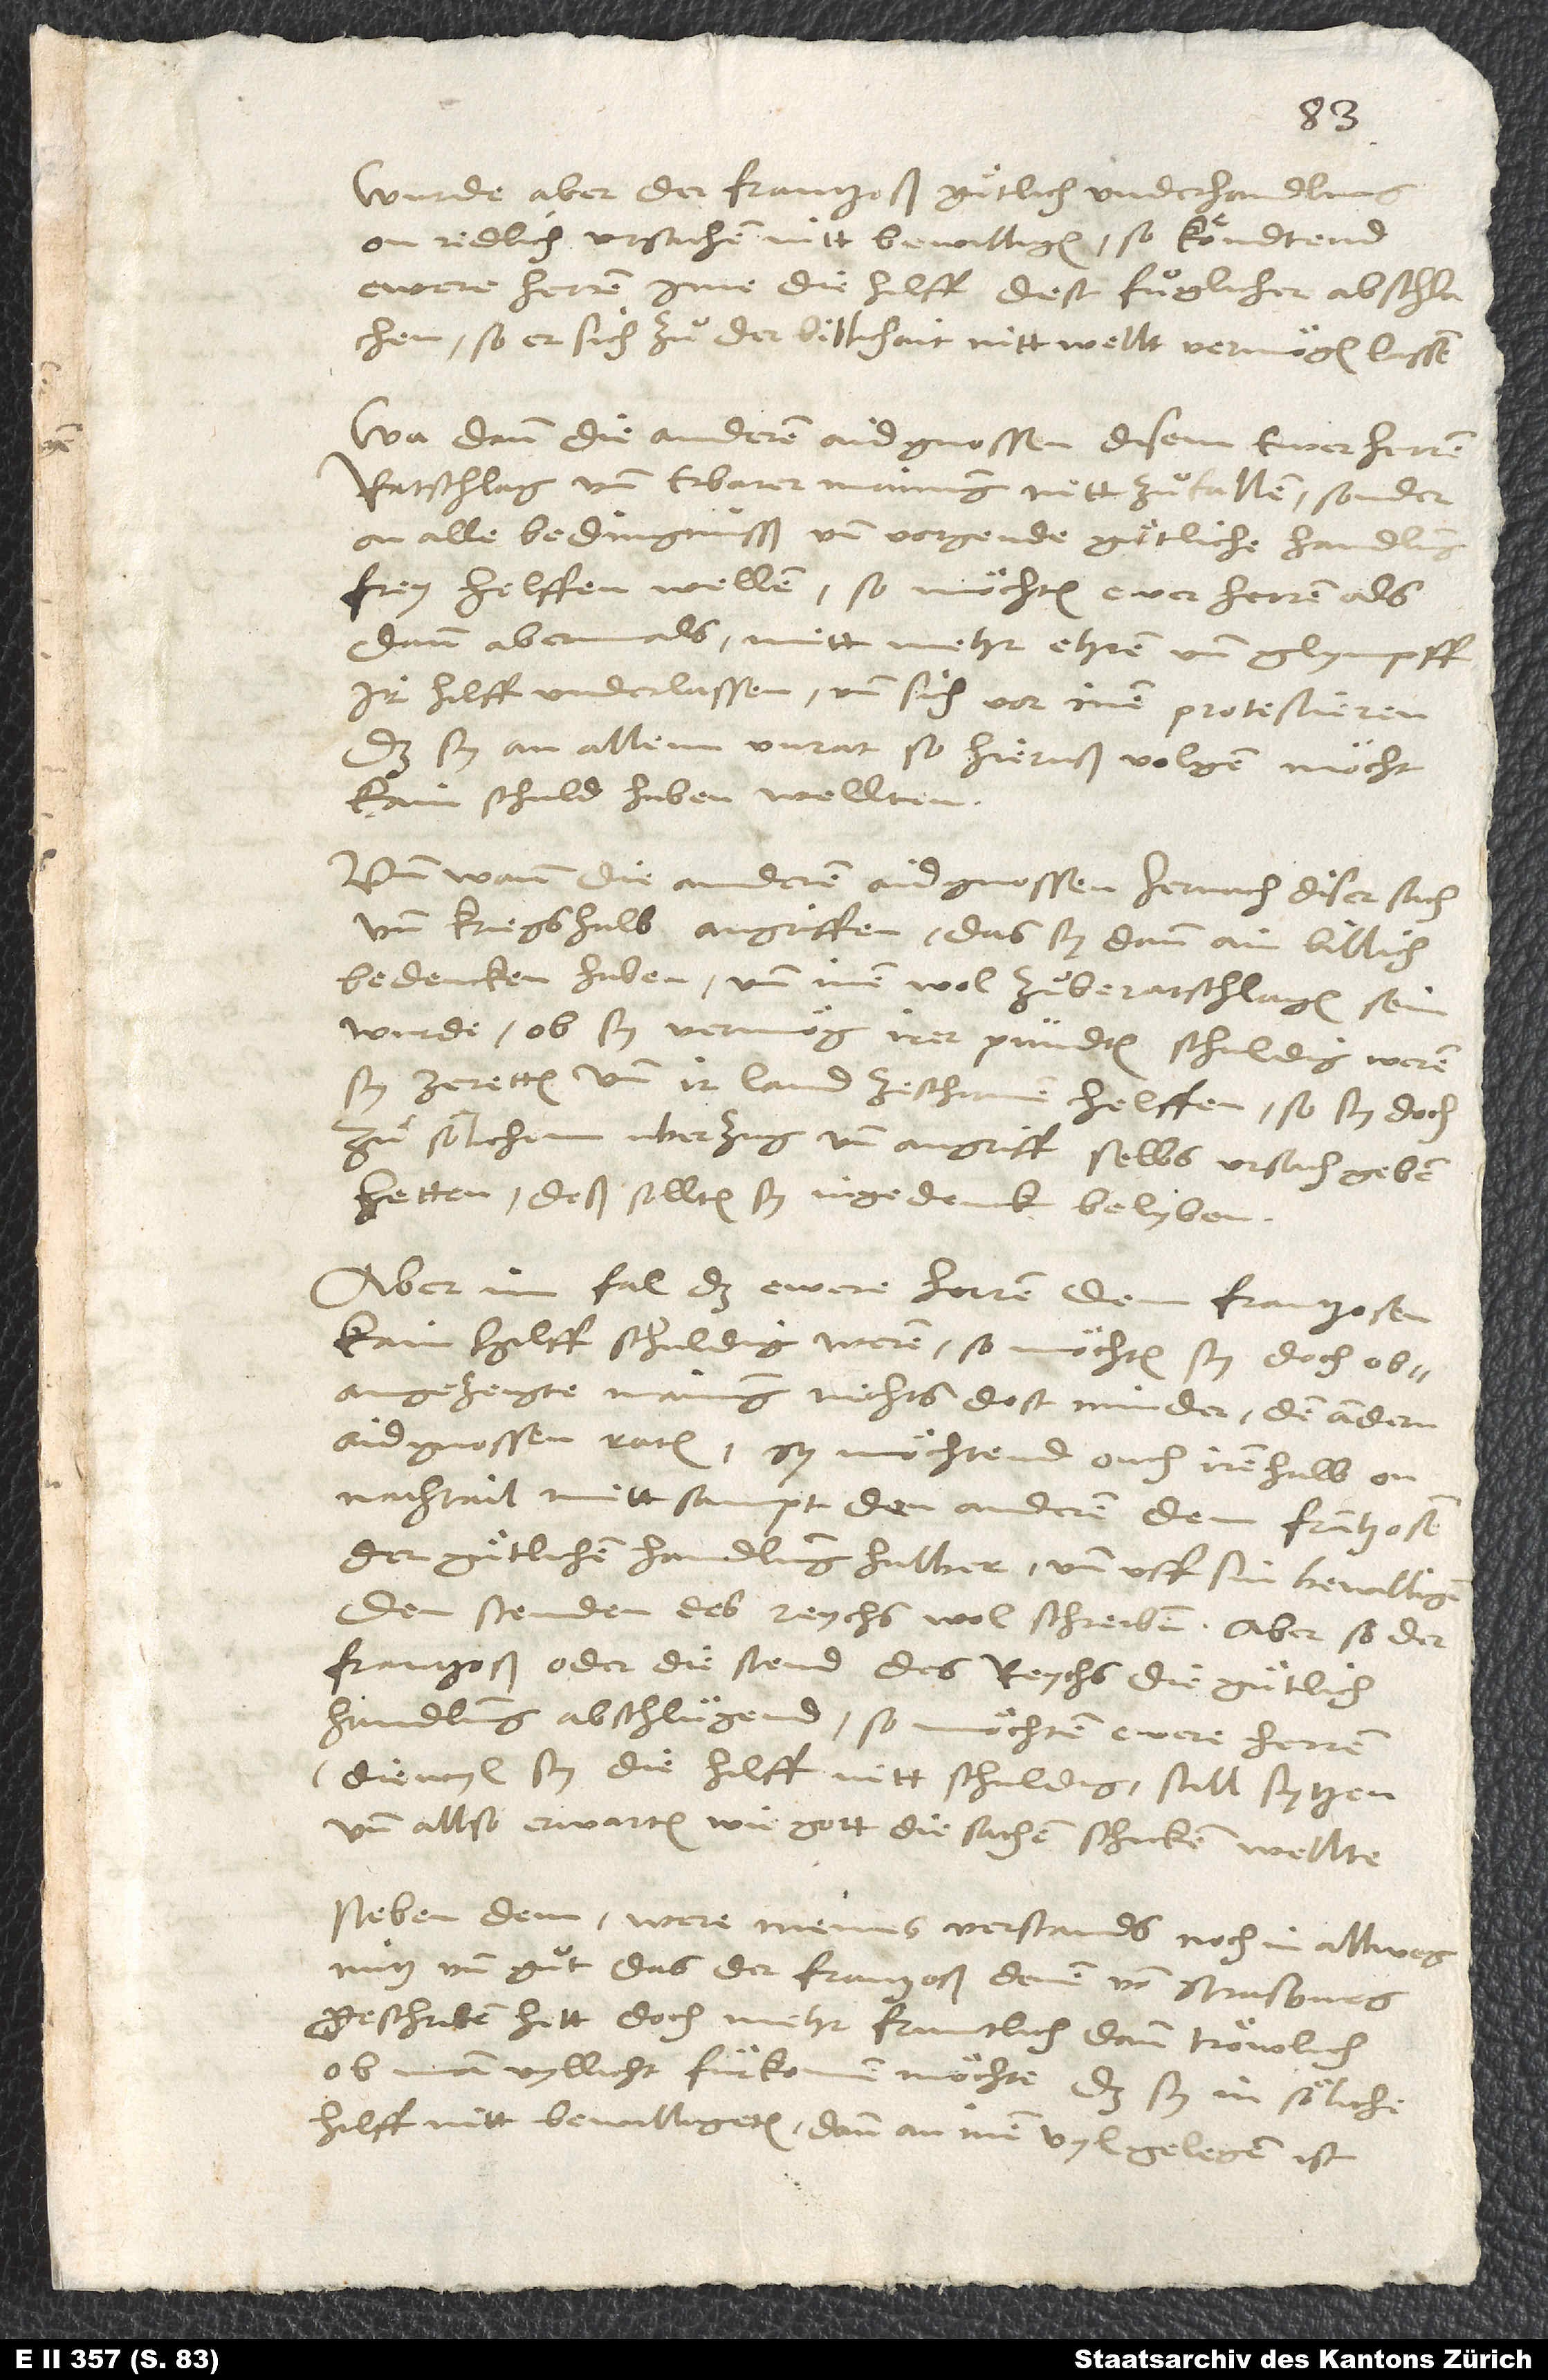
Wurde aber der Frantzoß guͤtlich underhandlung
on redlich ursachen nitt bewilligen, so köndtend
ewere herren ime die hilff dest fuͤglicher abschlachen,
so er sich zuͦ der billichait nitt wellt vermögen lassen.
Wa dann die anderen aidgnossen disem ewer herren
ratschlag und erbarer mainung nitt zuͦfallen, sonder
on alle bedingnusß und vorgende guͤtliche handlung
frey helffen wellen, so möchten ewer herren als
dann abermals mit mehr ehren und glympff
ir hilff underlassen und sich vor inen protestieren,
das sy an allem unrat, so hieruß volgen möcht,
kain schuld haben wellten.
Und wann die anderen aidgnossen hernach diser sach
und kriegs halb angriffen, das sy dann ain billich
bedencken haben und inen wol zuͦberatschlagen sein
wurde, ob sy vermög irer pündten schuldig weren,
sy zeretten und ir land zeschirmen helffen, so sy doch
zuͦ sölichem uberzug und angriff selbs ursach geben
hetten; deß sollten sy ingedenck belyben.
Aber im fal, das ewere herren dem Frantzosen
kain hilff schuldig weren, so möchten sy doch
obangezeigte mainung nichts dest minder den andern
aidgnossen raten, sy möchtend ouch iren halb on
nachtail mittsampt den anderen dem Frantzosen
der guͤtlichen handlung halber und uff sin bewilligen
den stenden des reychs wol schreiben. Aber so der
Frantzoß oder die stend des reychs die guͤtlich
handlung abschlügend, so möchten ewere herren
(diewyl sy die hilff nitt schuldig) still sytzen
und allso erwarten, wie gott die sachen schicken wellte.
Neben dem were meins verstands noch in allweg
nütz und guͦt, das der Frantzoß denen von Strasburg
geschriben hett, doch mehr fruntlich dann tröwlich,
ob man vyllicht furkomen möchte, das sy in söliche
hilff nitt bewilligeten; dann an inen vyl gelegen ist.